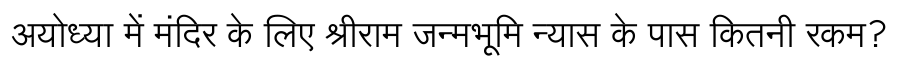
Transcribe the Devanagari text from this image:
अयोध्या में मंदिर के लिए श्रीराम जन्मभूमि न्यास के पास कितनी रकम?